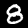
Digit: 8